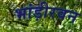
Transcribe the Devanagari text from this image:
भांड़ीरवन